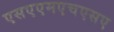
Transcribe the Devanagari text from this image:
एसएएमएचएसए